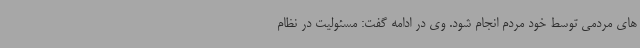
های مردمی توسط خود مردم انجام شود. وی در ادامه گفت: مسئولیت در نظام